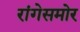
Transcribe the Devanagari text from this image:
रांगेसमोर